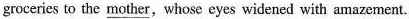
groceries to the \underline{mother},whose eyes widened with amazement.